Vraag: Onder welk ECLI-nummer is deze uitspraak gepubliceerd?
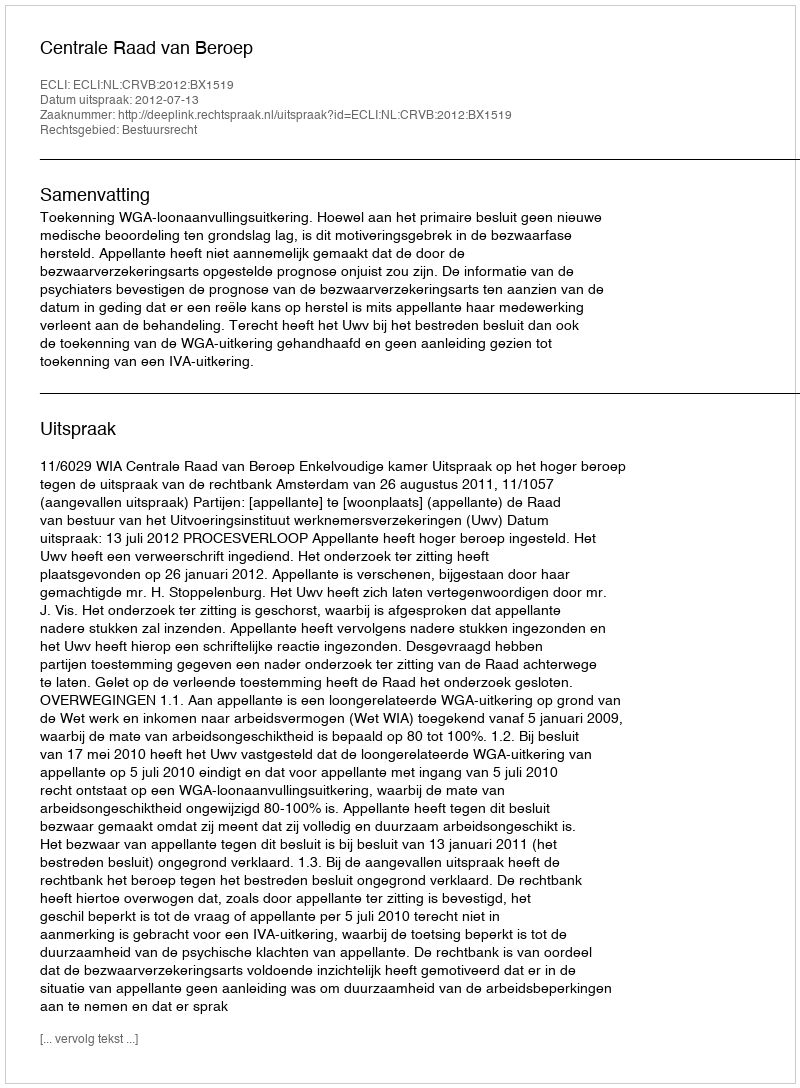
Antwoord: ECLI:NL:CRVB:2012:BX1519